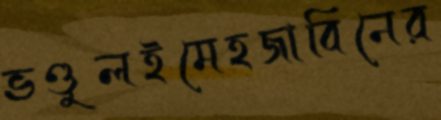
ভণ্ডুলইমেহজাবিনের